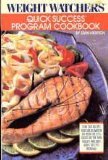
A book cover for Weight Watchers' Quick Success Program Cookbook; Jean T. Nidetch; Health, Fitness & Dieting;